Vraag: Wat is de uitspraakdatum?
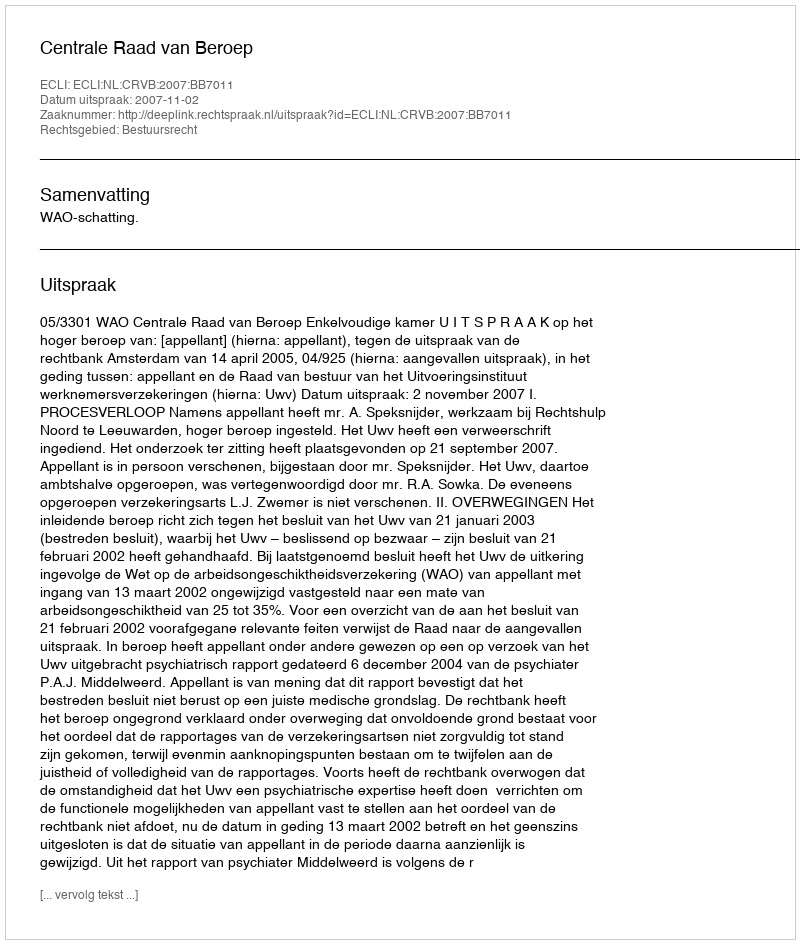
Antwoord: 2007-11-02